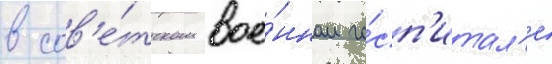
в сов'е́тском вое́нном го́сп'итал'е